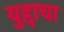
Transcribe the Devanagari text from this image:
युद्दाचा